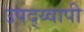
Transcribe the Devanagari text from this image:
उपद्य्वापी